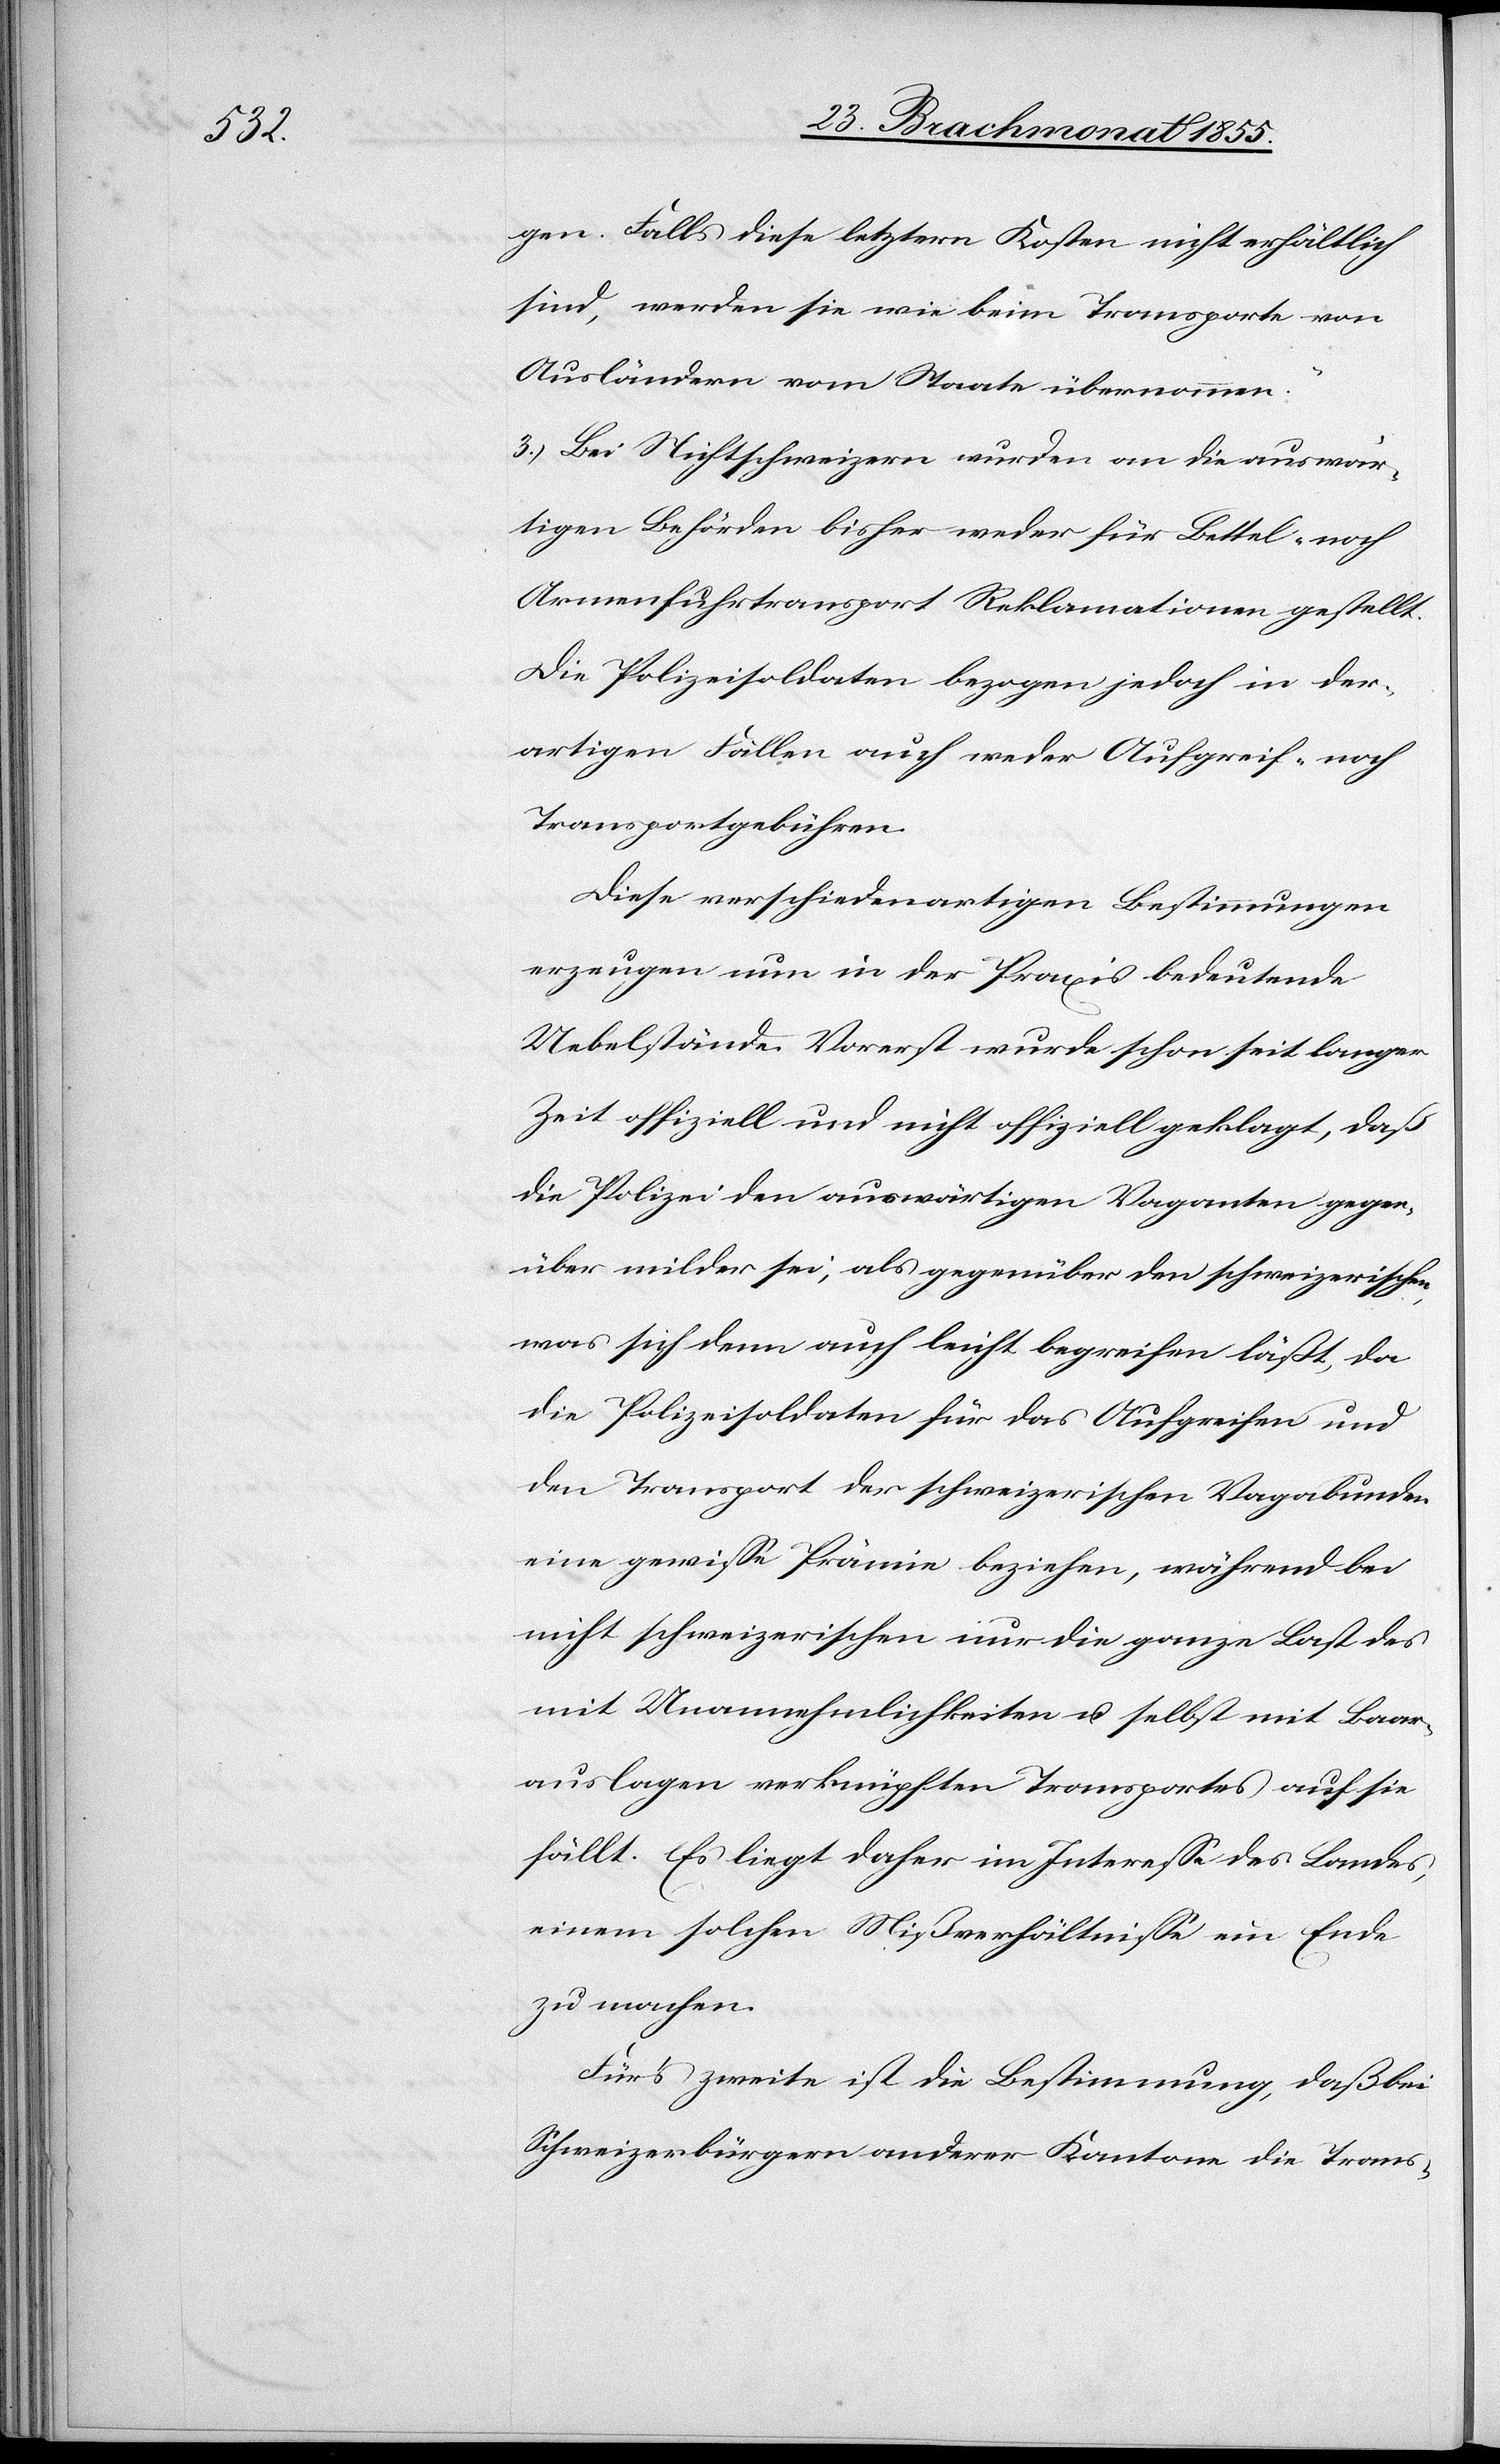
gen. Falls diese letztern Kosten nicht erhältlich
sind, werden sie wie beim Transporte von
Ausländern vom Staate übernommen.“
3.) Bei Nichtschweizern wurden an die auswär¬
tigen Behörden bisher weder für Bettel- noch
Armenfuhrtransport Reklamationen gestellt.
Die Polizeisoldaten bezogen jedoch in der¬
artigen Fällen auch weder Aufgreif- noch
Transportgebühren.
Diese verschiedenartigen Bestimmungen
erzeugen nun in der Praxis bedeutende
Uebelstände. Vorerst wurde schon seit langer
Zeit offiziell und nicht offiziell geklagt, daß
die Polizei den auswärtigen Vaganten gegen¬
über milder sei, als gegenüber den schweizerischen,
was sich denn auch leicht begreifen läßt, da
die Polizeisoldaten für das Aufgreifen und
den Transport der schweizerischen Vagabunden
eine gewisse Prämie beziehen, während bei
nicht schweizerischen nur die ganze Last des
mit Unannehmlichkeiten u. selbst mit Baar¬
auslagen verknüpften Transportes auf sie
fällt. Es liegt daher im Interesse des Landes,
einem solchen Mißverhältnisse ein Ende
zu machen.
Für’s zweite ist die Bestimmung, daß bei
Schweizerbürgern anderer Kantone die Trans-